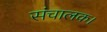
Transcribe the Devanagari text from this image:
संचालक।